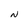
Character: N